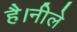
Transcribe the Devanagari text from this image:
है।नीले